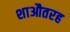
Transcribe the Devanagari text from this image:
शाऔतरह